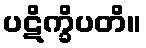
ပဋိက္ခိပတိ။